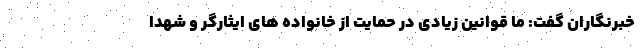
خبرنگاران گفت: ما قوانین زیادی در حمایت از خانواده های ایثارگر و شهدا